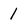
Character: 1